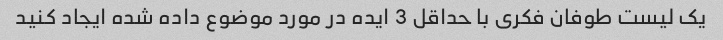
یک لیست طوفان فکری با حداقل 3 ایده در مورد موضوع داده شده ایجاد کنید